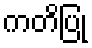
ကတိပြု